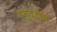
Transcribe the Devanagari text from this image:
हनुवटीस